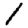
Digit: 1